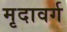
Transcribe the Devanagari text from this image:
मृदावर्ग